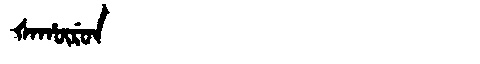
Manchu: ᡧᠠᡥᡡᡵᡠᠨ
Romanization: ŠAHŪRUN